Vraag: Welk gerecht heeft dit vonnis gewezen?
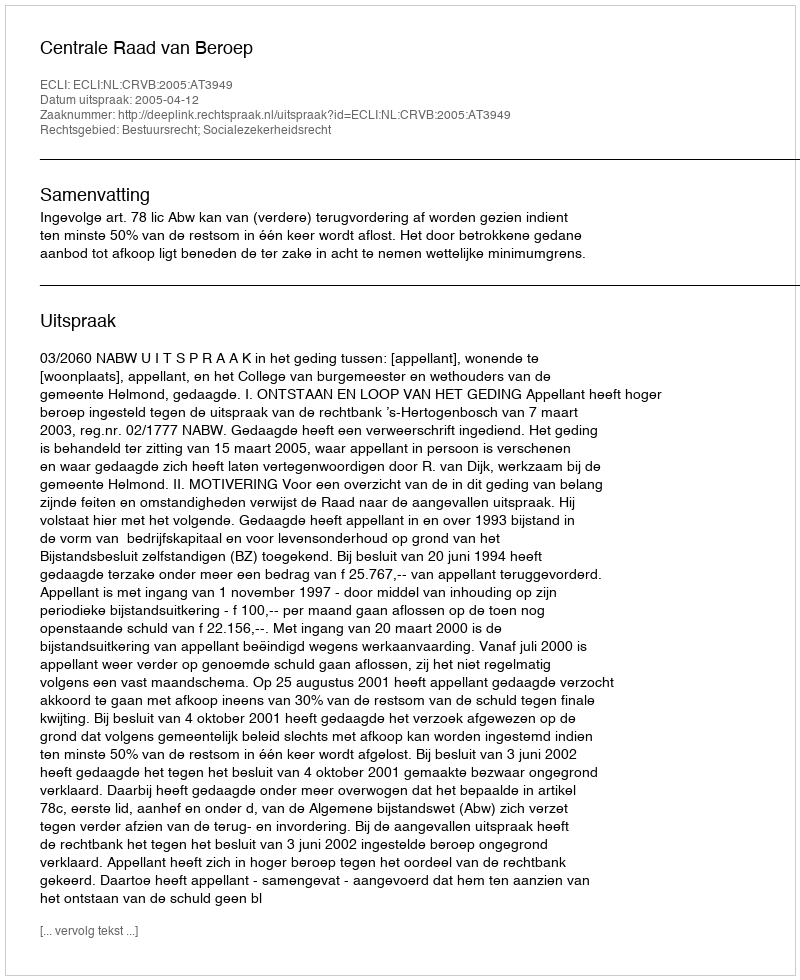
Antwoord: Centrale Raad van Beroep